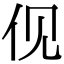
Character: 伣